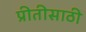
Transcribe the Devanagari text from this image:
प्रीतीसाठी